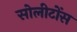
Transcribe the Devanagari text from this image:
सोलीटोंस